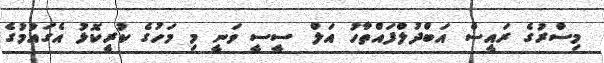
މިސްރުގެ ރައީސް އަބްދުލްފައްތާހު އަލް ސީސީ ވަނީ މި މަހުގެ ކުރީކޮޅު އެގައުމުގެ